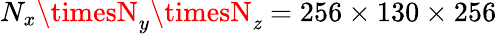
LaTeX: N_{x}\timesN_{y}\timesN_{\mathit{z}}=256\times130\times256